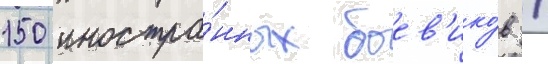
150 иностра́нных боев'ико́в /